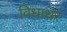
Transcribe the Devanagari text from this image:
विधाधर